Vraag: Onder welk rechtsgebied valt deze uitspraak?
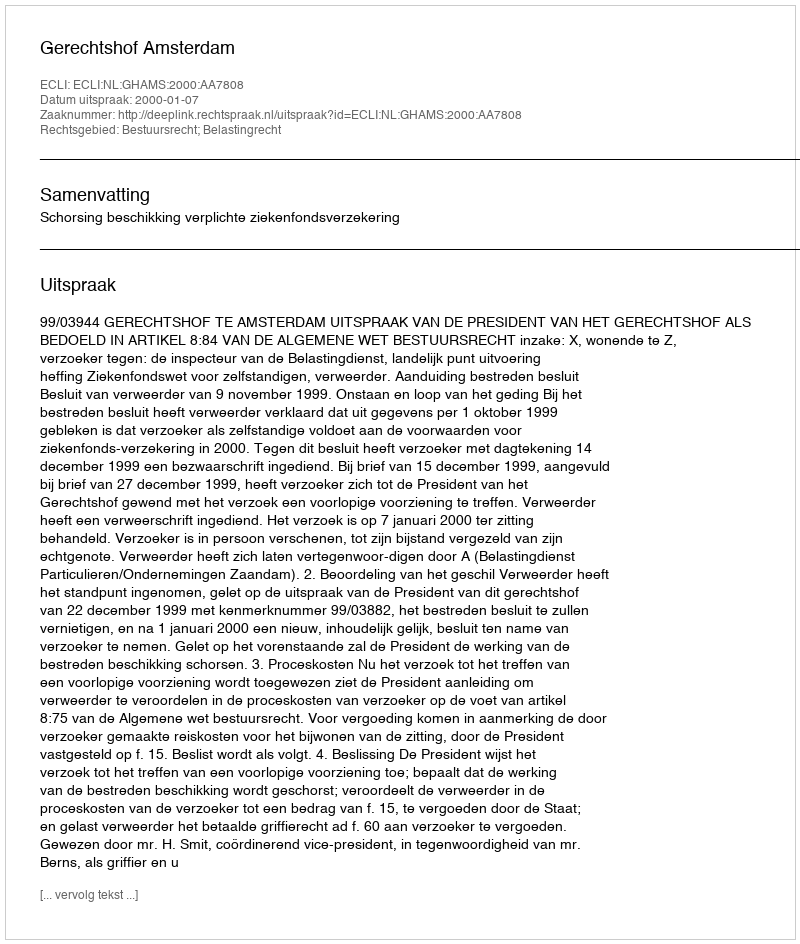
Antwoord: Bestuursrecht; Belastingrecht